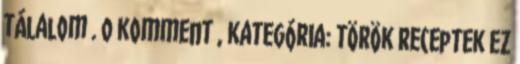
tálalom . 0 komment , kategória: török receptek ez